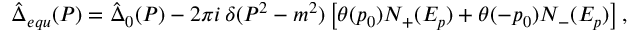
\hat { \Delta } _ { e q u } ( P ) = \hat { \Delta } _ { 0 } ( P ) - 2 \pi i \, \delta ( P ^ { 2 } - m ^ { 2 } ) \left[ \theta ( p _ { 0 } ) N _ { + } ( E _ { p } ) + \theta ( - p _ { 0 } ) N _ { - } ( E _ { p } ) \right] ,